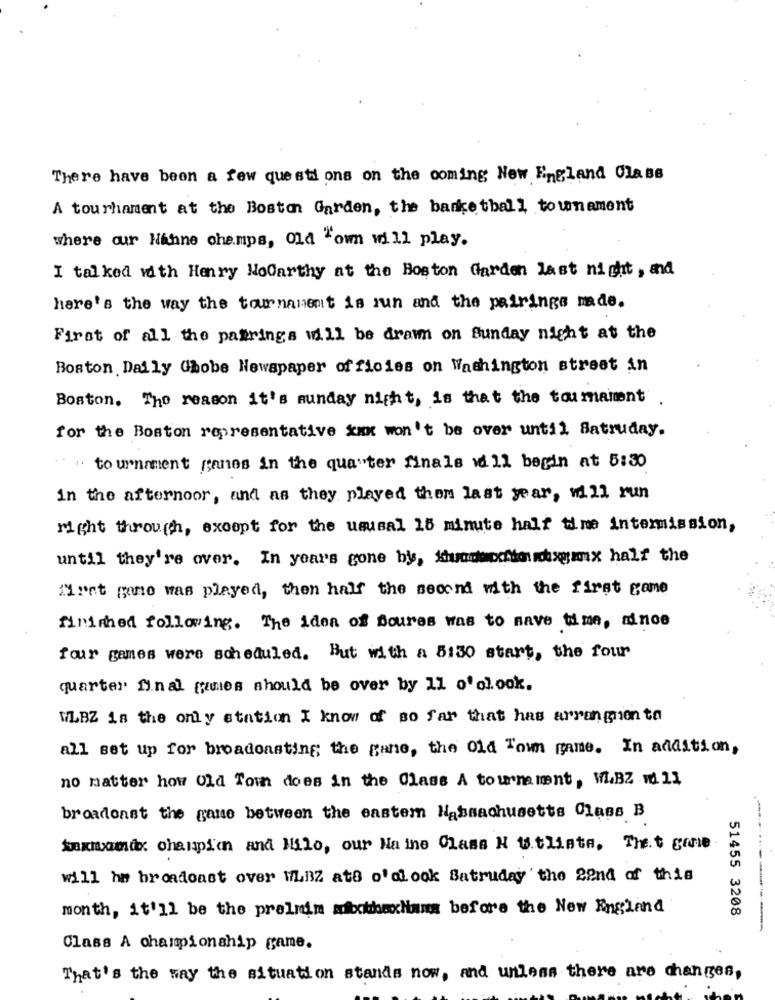
There have been a few questions on the coming New England Class
A tourhament at the Boston Garden, the banketball, tounament
where our Nahne champs, Old "own will play.
I talked with Henry Nodarthy at the Boston Garden last night, and
here's the way the tournament is run and the pairings made.
First of all the pairings will be drawn on Sunday night at the
Boston Daily Chobe Newspaper officies on Washington street in
Boston. The reason it's sunday night, is that the tarmament
for the Boston representative xxx won't be over until Satruday.
"" tournament ganes in the qua"ter finals wd 11 begin at 5:30
in the afternoor, and as they played them last year, will run
right through, exoopt for the ususal 15 minute half time intermission,
until they're over. In years gone bys, Kunnochionagmx half the
first game was played, then half the second with the first come
finimed following. The idea of Soures was to save time, ainoe
four games were scheduled. But with a 5130 start, the four
quarter final [unies should be over by 11 o'olook.
WLAZ is the only station I know of so far that has arrangion to
all set up for broadcasting; the gane, the Old Town game. In addition,
no matter how Old Town does in the Class A tournament, WBZ w 11
broadonst the game between the eastem Massachusetts Class B
Enxiaomi. champion and Nilo, our Maine Class N Utlista, That gone
will hm broadcast over WLBZ ats o'dlook Satruday'the 2end of this
month, it'll be the prelnin aibothexlians before the New England
51455 3208
Class A championship game.
That's the way the situation stands now, and unless there are changes,